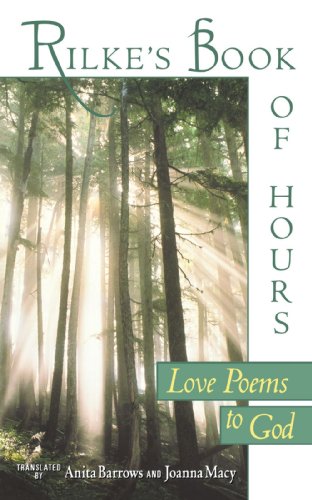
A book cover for Rilke's Book of Hours: Love Poems to God; Rainer Maria Rilke; Literature & Fiction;